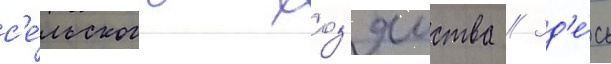
с'е́льского хоз'яиства // Зд'е́сь